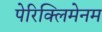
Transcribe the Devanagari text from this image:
पेरिक्लिमेनम